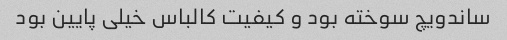
ساندویچ سوخته بود و کیفیت کالباس خیلی پایین بود